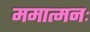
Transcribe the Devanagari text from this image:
ममात्मनः